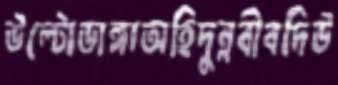
উল্টোডাঙ্গাঅহিদুন্নবীবদিউ